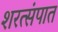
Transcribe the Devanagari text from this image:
शरत्संपात